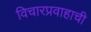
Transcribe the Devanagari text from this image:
विचारप्रवाहाची